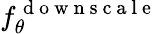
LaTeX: f_{\theta}^{\mathrm{~d~o~w~n~s~c~a~l~e~}}